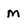
Character: M